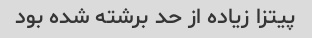
پیتزا زیاده از حد برشته شده بود